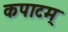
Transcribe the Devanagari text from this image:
कपाटम्